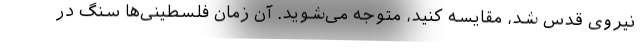
نیروی قدس شد، مقایسه کنید، متوجه می‌شوید. آن زمان فلسطینی‌ها سنگ در